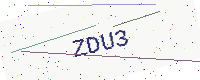
Text: ZDU3